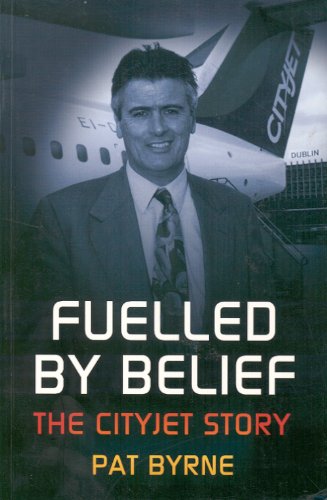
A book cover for Fuelled by Belief: The Cityjet Story; Pat Byrne; Business & Money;